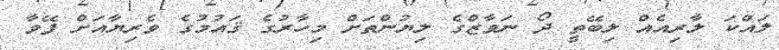
ލައްކަ ލާރިއެއް ލިބޭތީ ދޯ ނަވާޒްގެ ލިޔުންތަށް މިހާރުގެ ޤައުމުގެ ވެރިޔާއަށް ފޭވާ